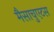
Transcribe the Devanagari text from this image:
मैसाचुएटस